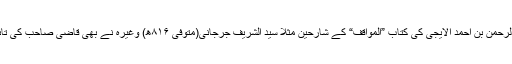
قاضی عبدالرحمن بن احمد الایجی کی کتاب ”المواقف“ کے شارحین مثلاً سید الشریف جرجانی(متوفی ۸۱۶ھ) وغیرہ نے بھی قاضی صاحب کی تائید کی ہے۔